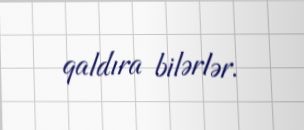
qaldıra bilərlər.